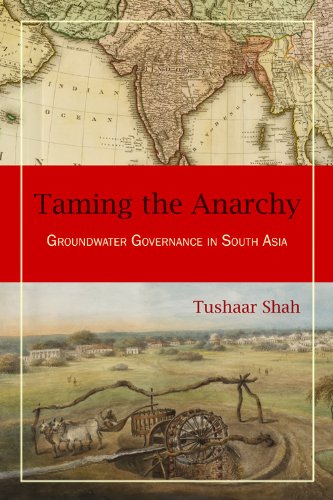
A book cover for Taming the Anarchy: Groundwater Governance in South Asia; Tushaar Shah; Science & Math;